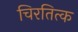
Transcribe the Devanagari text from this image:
चिरतित्क